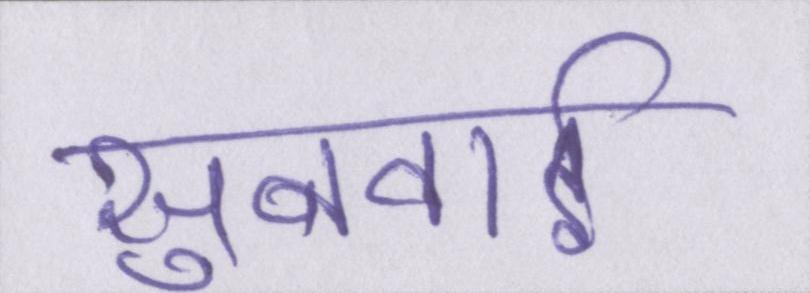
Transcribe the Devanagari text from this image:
सुनवाई